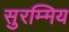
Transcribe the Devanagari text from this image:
सुरम्मिय